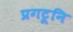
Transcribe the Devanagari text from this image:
प्रगटूनि